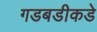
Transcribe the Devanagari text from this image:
गडबडीकडे